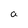
Character: a